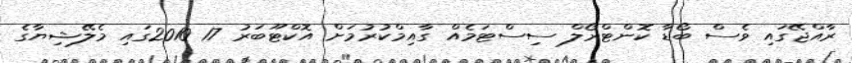
ރާއްޖޭގައި ވެސް ބޯޑާ ކޮންޓްރޯލް ސިސްޓަމެއް ގާއިމްކުރުމަށް އޮކްޓޫބަރު 17 2010ގައި މެލޭޝިޔާގެ